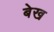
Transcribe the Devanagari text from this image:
बेख